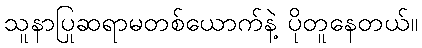
သူနာပြုဆရာမတစ်ယောက်နဲ့ ပိုတူနေတယ်။